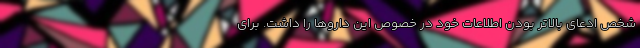
شخص ادعای بالاتر بودن اطلاعات خود در خصوص این داروها را داشت. برای